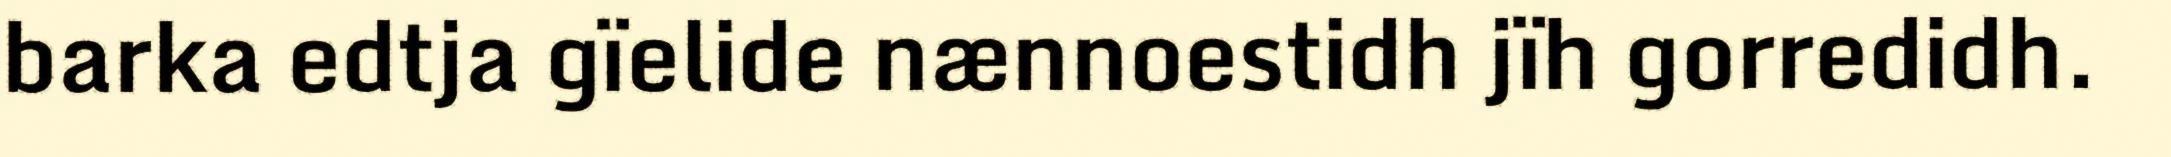
barka edtja gïelide nænnoestidh jïh gorredidh.